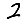
Digit: 2